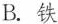
B.铁